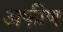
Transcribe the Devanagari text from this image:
अफीण